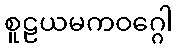
စူဠယမကဝဂ္ဂေါ